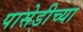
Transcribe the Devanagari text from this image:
पासेडीच्या